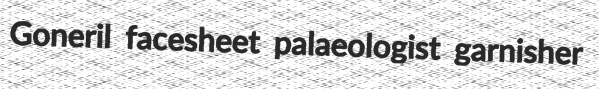
Goneril facesheet palaeologist garnisher